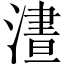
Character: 𣻱